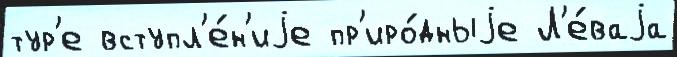
тур'е вступл'е́н'иjе пр'иро́дныjе Л'е́ваjа